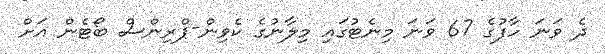
ދެ ވަނަ ހާފުގެ 67 ވަނަ މިނެޓުގައި މިލާނުގެ ކެވިން-ޕްރިންސް ބޯޓެން އަށް